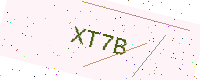
Text: XT7B